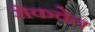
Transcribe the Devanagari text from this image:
रोकवेल